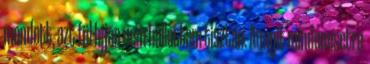
mondott, azt fül híján nem hallottam tisztán. Annyit mindenesetre